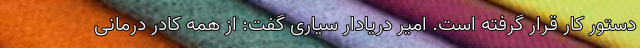
دستور کار قرار گرفته است. امیر دریادار سیاری گفت: از همه کادر درمانی